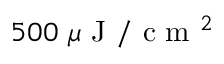
5 0 0 ~ \mu \mathrm { ~ J ~ } / \mathrm { ~ c ~ m ~ } ^ { 2 }